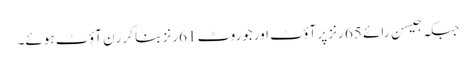
جبکہ جیسن رائے 65 رنز پر آؤٹ اورجوروٹ 61رنز بنا کر رَن آؤٹ ہوئے۔